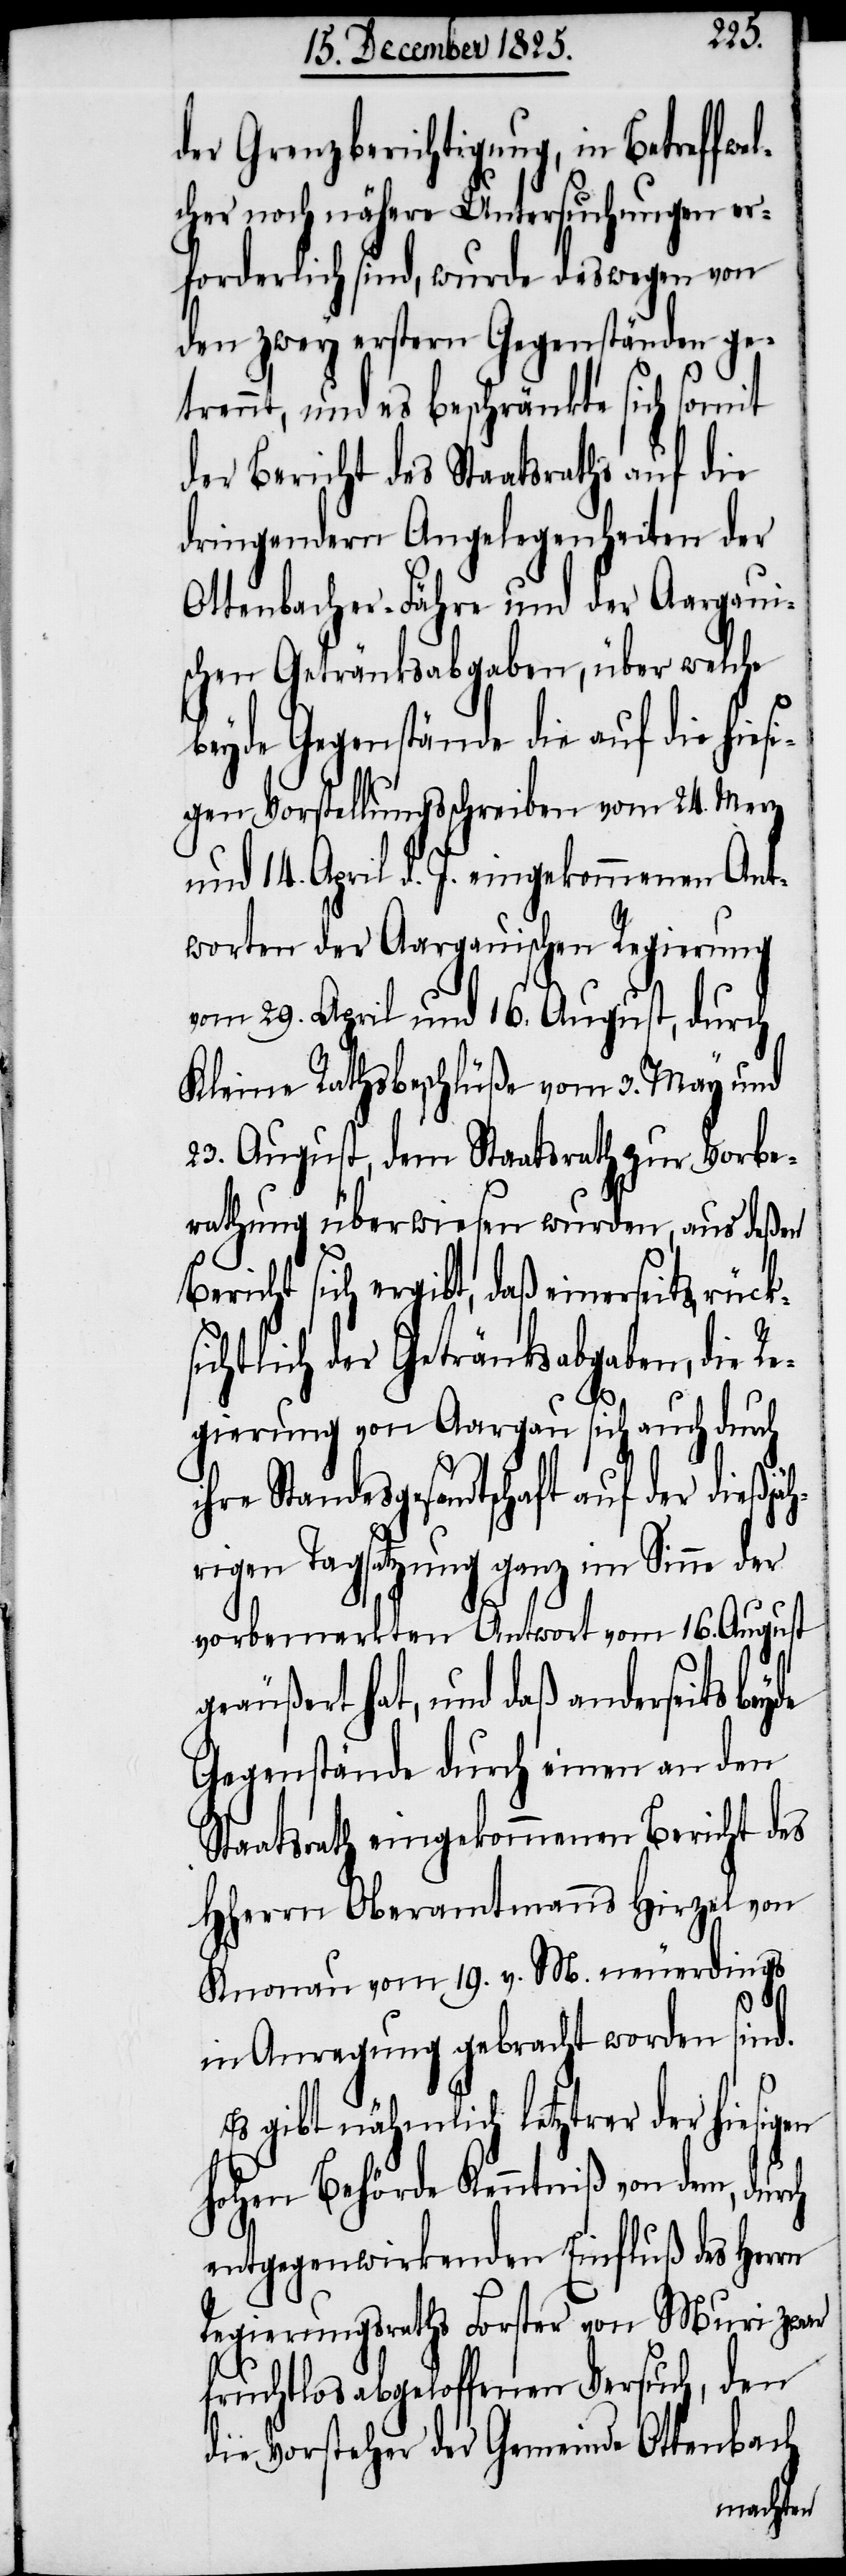
der Grenzberichtigung, in Betreff
cher noch nähere Untersuchungen er¬
forderlich sind, wurde deswegen von
den zwey erstern Gegenständen ge¬
trennt, und es beschränkte sich somit
der Bericht des Staatsraths auf die
dringendern Angelegenheiten der
Ottenbacher-Fähre und der Aargaui¬
schen Getränksabgaben, über welche
beyde Gegenstände die auf die hies¬
igen Vorstellungsschreiben vom 24. Merz
und 14. April d. J. eingekommenen Ant¬
worten der Aargauischen Regierung
vom 29. April und 16. August, durch
Kleine Rathsbeschlüße vom 3. May und
23. August, dem Staatsrath zur Vorbe¬
rathung überwiesen wurden, aus deßen
Bericht sich ergibt, daß einerseits rücks¬
ichtlich der Getränksabgaben, die R¬
egierung von Aargau sich auch durch
ihre Standesgesandtschaft auf der dießjäh¬
rigen Tagsatzung ganz im Sinne der
vorbemerkten Antwort vom 16. August
eäußert hat, und daß anderseits
Gegenstände durch einen an den
Staatsrath eingekommenen Bericht des
HHerrn Oberamtmanns Hirzel von
g¬
Knonau vom 19. v. M. neuerdings
in Anregung gebracht worden sind.
Es gibt nähmlich letztrer der hiesigen
hohen Behörde Kenntniß von dem, durch
entgegenwirkenden Einfluß des Herrn
Regierungsraths Forster von Muri zwar
fruchtlos abgeloffenen Versuch, den
die Vorsteher der Gemeinde Ottenbach